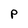
Character: P